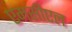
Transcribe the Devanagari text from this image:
एमसीएल